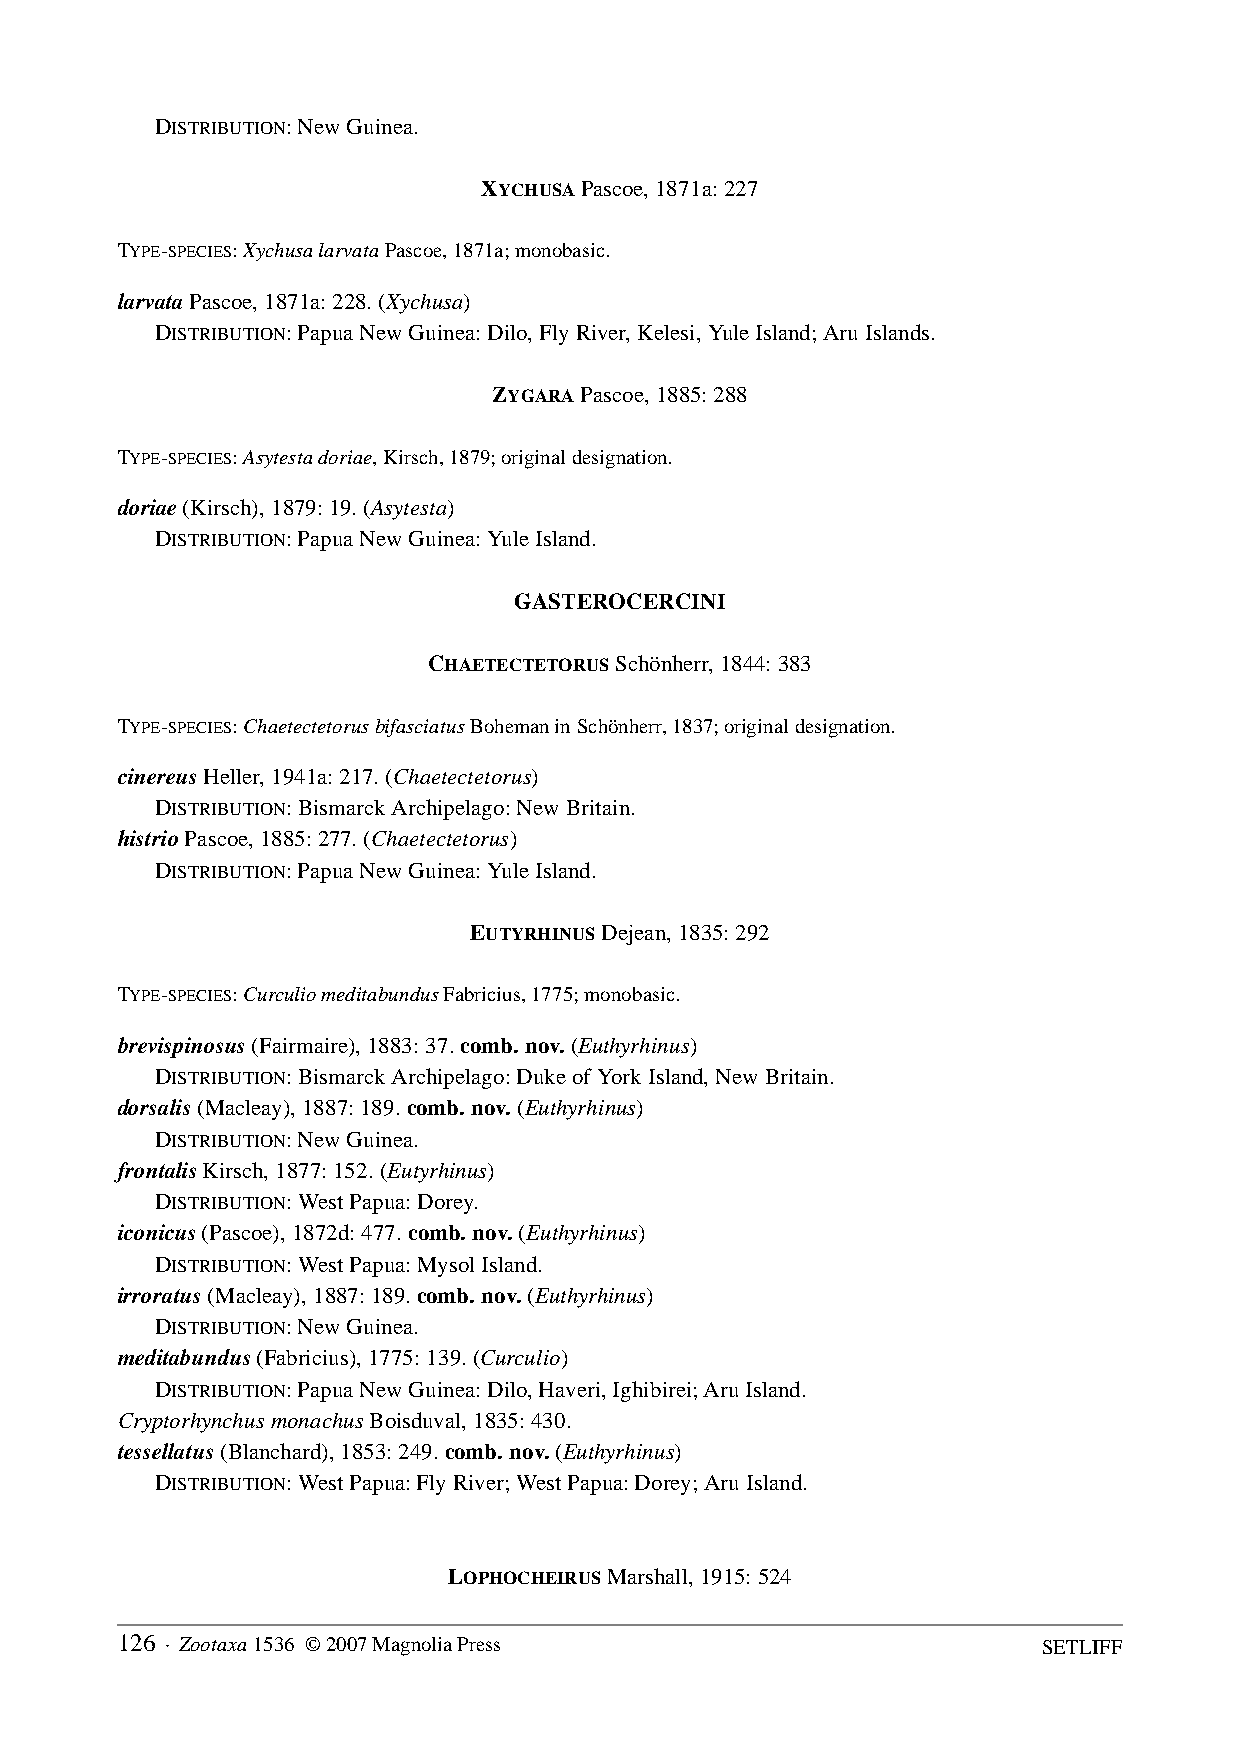
DISTRIBUTION: New Guinea.
 XYCHUSA Pascoe, 1871a: 227
 TYPE-SPECIES: Xychusa larvata Pascoe, 1871a; monobasic.
 larvata Pascoe, 1871a: 228. (Xychusa)
 DISTRIBUTION: Papua New Guinea: Dilo, Fly River, Kelesi, Yule Island; Aru Islands.
 ZYGARA Pascoe, 1885: 288
 TYPE-SPECIES: Asytesta doriae, Kirsch, 1879; original designation.
 doriae (Kirsch), 1879: 19. (Asytesta)
 DISTRIBUTION: Papua New Guinea: Yule Island.
 GASTEROCERCINI
 CHAETECTETORUS Schönherr, 1844: 383
 TYPE-SPECIES: Chaetectetorus bifasciatus Boheman in Schönherr, 1837; original designation.
 cinereus Heller, 1941a: 217. (Chaetectetorus)
 DISTRIBUTION: Bismarck Archipelago: New Britain.
 histrio Pascoe, 1885: 277. (Chaetectetorus)
 DISTRIBUTION: Papua New Guinea: Yule Island.
 EUTYRHINUS Dejean, 1835: 292
 TYPE-SPECIES: Curculio meditabundus Fabricius, 1775; monobasic.
 brevispinosus (Fairmaire), 1883: 37. comb. nov. (Euthyrhinus)
 DISTRIBUTION: Bismarck Archipelago: Duke of York Island, New Britain.
 dorsalis (Macleay), 1887: 189. comb. nov. (Euthyrhinus)
 DISTRIBUTION: New Guinea.
 frontalis Kirsch, 1877: 152. (Eutyrhinus)
 DISTRIBUTION: West Papua: Dorey.
 iconicus (Pascoe), 1872d: 477. comb. nov. (Euthyrhinus)
 DISTRIBUTION: West Papua: Mysol Island.
 irroratus (Macleay), 1887: 189. comb. nov. (Euthyrhinus)
 DISTRIBUTION: New Guinea.
 meditabundus (Fabricius), 1775: 139. (Curculio)
 DISTRIBUTION: Papua New Guinea: Dilo, Haveri, Ighibirei; Aru Island.
 Cryptorhynchus monachus Boisduval, 1835: 430.
 tessellatus (Blanchard), 1853: 249. comb. nov. (Euthyrhinus)
 DISTRIBUTION: West Papua: Fly River; West Papua: Dorey; Aru Island.
 LOPHOCHEIRUS Marshall, 1915: 524
 126 · Zootaxa 1536 © 2007 Magnolia Press                     SETLIFF